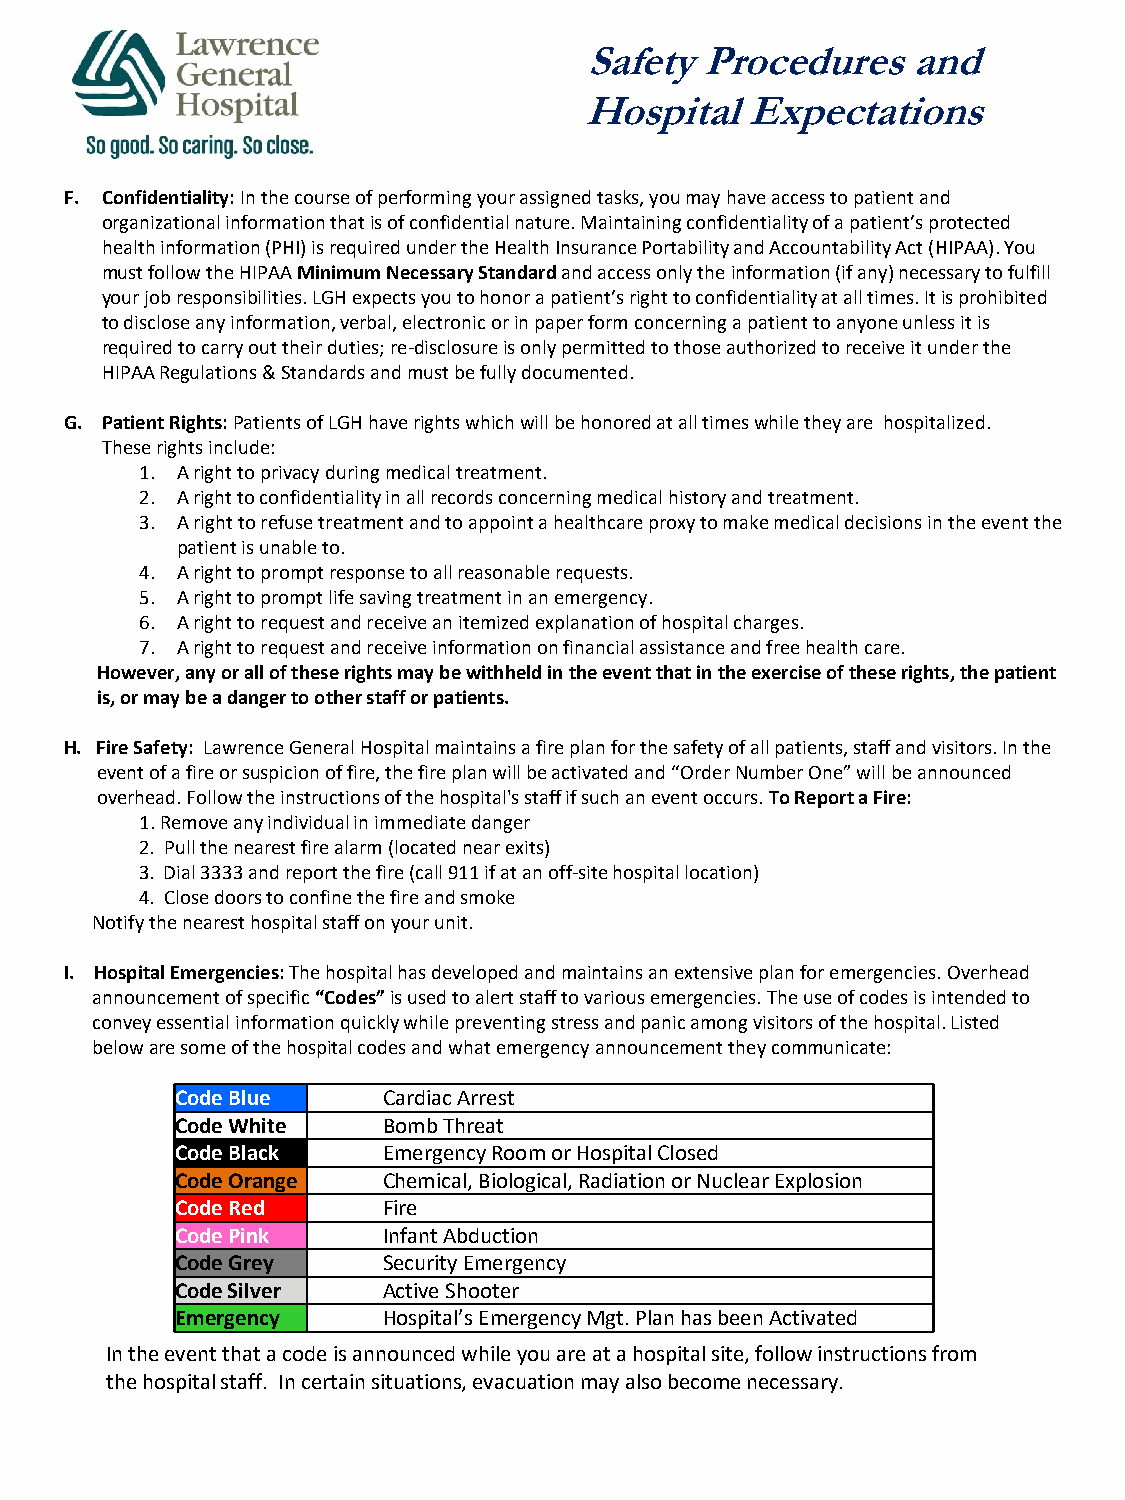
Safety Procedures    and
 Hospital  Expectations
 F. Confidentiality: In the course of performing your assigned tasks, you may have access to patient and
 organizational information that is of confidential nature. Maintaining confidentiality of a patient’s protected
 health information (PHI) is required under the Health Insurance Portability and Accountability Act (HIPAA). You
 must follow the HIPAAMinimum Necessary Standard and access only theinformation (if any) necessary to fulfill
 your job responsibilities. LGH expects you to honor a patient’s right to confidentiality at all times. It is prohibited
 to disclose any information, verbal, electronic or in paper form concerning a patient to anyone unless it is
 required to carry out their duties; re-disclosure is only permitted to those authorized to receive it under the
 HIPAARegulations & Standards and must be fully documented.
 G. Patient Rights: Patients of LGH have rights which will be honored at all times while they are hospitalized.
 These rights include:
 1. A right to privacy during medical treatment.
 2. A right to confidentiality in all records concerning medical history and treatment.
 3. A right to refuse treatment and to appoint a healthcare proxy to make medical decisions in the event the
 patient is unable to.
 4. A right to prompt response to all reasonable requests.
 5. A right to prompt life saving treatment in an emergency.
 6. A right to request and receive an itemized explanation of hospital charges.
 7. A right to request and receive information on financial assistance and free health care.
 However, any or all of these rights may be withheld in the event that in the exercise of these rights, the patient
 is, or may be a danger to other staff or patients.
 H. Fire Safety: Lawrence General Hospital maintains a fire plan for the safety of all patients, staff and visitors. In the
 event of a fire or suspicion of fire, the fire plan will be activated and “Order Number One” will be announced
 overhead. Follow the instructions of the hospital's staff if such an event occurs. To Report a Fire:
 1. Remove any individual in immediate danger
 2. Pull the nearest fire alarm (located near exits)
 3. Dial 3333 and report the fire (call 911 if at an off-site hospital location)
 4. Close doors to confine the fire and smoke
 Notify the nearest hospital staff on your unit.
 I. Hospital Emergencies: The hospital has developed and maintains an extensive plan for emergencies. Overhead
 announcement of specific “Codes”is used to alert staff to various emergencies. The use of codes is intended to
 convey essential information quickly while preventing stress and panic among visitors of the hospital. Listed
 below are some of the hospital codes and what emergency announcement they communicate:
 Code Blue    Cardiac Arrest
 Code White   Bomb Threat
 Code Black   Emergency Room or Hospital Closed
 Code Orange  Chemical, Biological, Radiation or Nuclear Explosion
 Code Red     Fire
 Code Pink    Infant Abduction
 Code Grey    Security Emergency
 Code Silver  Active Shooter
 Emergency    Hospital’s Emergency Mgt. Plan has been Activated
 In the event that a code is announced while you are at a hospital site, follow instructions from
 the hospital staff. In certain situations, evacuation may also become necessary.